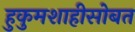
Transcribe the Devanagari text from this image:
हुकुमशाहीसोबत